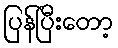
ပြန်ပြီးတော့